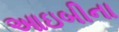
આઇબીના